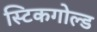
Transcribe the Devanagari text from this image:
स्टिकगोल्ड